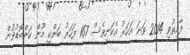
ފާއިތުވި 2014 ވަނަ އަހަރު އެކަނިވެސް 167 ފަހަރު ބަންކީ މޫން ކަންބޮޑުވުން